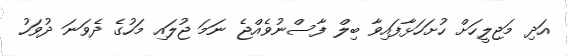
އަދި މަޖިލީހަށް ހުށަހަޅާފައިވާ ބިލް ފާސްނުވެއްޖެ ނަމަ ޖުލައި މަހުގެ ދެވަނަ ދުވަހު